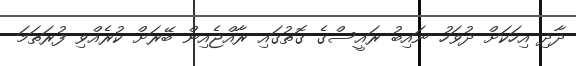
ދާދި އިހަކަށް ދުވަހު ނައިބު ރައީސްގެ ގޮތުގައި ރާއްޖެއިން ބޭރަށް ކުރެއްވި ފުރަތަމަ